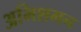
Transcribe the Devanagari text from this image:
अभिशमन